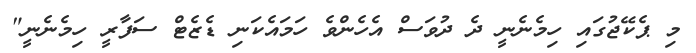
މި ޕެކޭޖުގައި ހިމެނެނީ ދެ ދުވަސް އެހެންވެ ހަމައެކަނި ޑެޒެޓް ސަފާރީ ހިމެނެނީ"